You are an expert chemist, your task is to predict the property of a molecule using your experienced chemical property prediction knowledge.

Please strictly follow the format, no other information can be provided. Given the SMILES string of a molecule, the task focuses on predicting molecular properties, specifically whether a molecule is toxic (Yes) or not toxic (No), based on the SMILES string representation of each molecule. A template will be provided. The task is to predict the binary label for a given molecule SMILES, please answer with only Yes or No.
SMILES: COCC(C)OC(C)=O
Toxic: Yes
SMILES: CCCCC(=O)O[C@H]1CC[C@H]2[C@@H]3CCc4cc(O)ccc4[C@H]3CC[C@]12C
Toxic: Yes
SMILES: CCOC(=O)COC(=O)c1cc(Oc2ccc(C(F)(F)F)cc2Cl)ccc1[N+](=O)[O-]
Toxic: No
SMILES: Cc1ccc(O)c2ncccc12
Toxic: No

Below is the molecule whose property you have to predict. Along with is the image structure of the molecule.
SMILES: O=[Se](O)O
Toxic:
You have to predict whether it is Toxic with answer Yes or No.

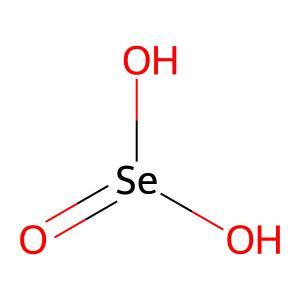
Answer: No